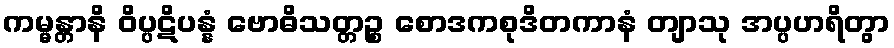
ကမ္မန္တာနိ ဝိပ္ပဋိပန္နံ ဗောဓိသတ္တဉ္စ စောဒကစုဒိတကာနံ တျာသု အပ္ပဟရိတွာ